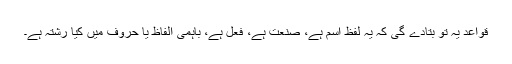
قواعد یہ تو بتادے گی کہ یہ لفظ اسم ہے، صنعت ہے، فعل ہے، باہمی الفاظ یا حروف میں کیا رشتہ ہے۔